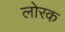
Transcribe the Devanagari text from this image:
लोरक